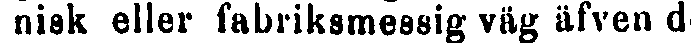
nisk eller fabriksmessig väg äfven de